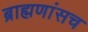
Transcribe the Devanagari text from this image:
ब्राह्मणांसच